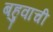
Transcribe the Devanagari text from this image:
बहुवाची